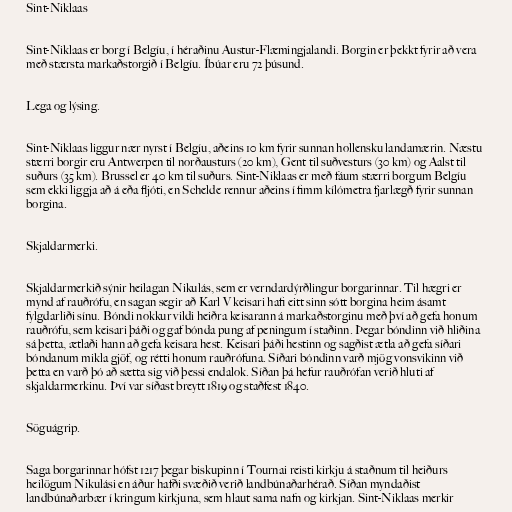
Sint-Niklaas

Sint-Niklaas er borg í Belgíu, í héraðinu Austur-Flæmingjalandi. Borgin er þekkt fyrir að vera
með stærsta markaðstorgið í Belgíu. Íbúar eru 72 þúsund.

Lega og lýsing.

Sint-Niklaas liggur nær nyrst í Belgíu, aðeins 10 km fyrir sunnan hollensku landamærin. Næstu
stærri borgir eru Antwerpen til norðausturs (20 km), Gent til suðvesturs (30 km) og Aalst til
suðurs (35 km). Brussel er 40 km til suðurs. Sint-Niklaas er með fáum stærri borgum Belgíu
sem ekki liggja að á eða fljóti, en Schelde rennur aðeins í fimm kílómetra fjarlægð fyrir sunnan
borgina.

Skjaldarmerki.

Skjaldarmerkið sýnir heilagan Nikulás, sem er verndardýrðlingur borgarinnar. Til hægri er
mynd af rauðrófu, en sagan segir að Karl V keisari hafi eitt sinn sótt borgina heim ásamt
fylgdarliði sínu. Bóndi nokkur vildi heiðra keisarann á markaðstorginu með því að gefa honum
rauðrófu, sem keisari þáði og gaf bónda pung af peningum í staðinn. Þegar bóndinn við hliðina
sá þetta, ætlaði hann að gefa keisara hest. Keisari þáði hestinn og sagðist ætla að gefa síðari
bóndanum mikla gjöf, og rétti honum rauðrófuna. Síðari bóndinn varð mjög vonsvikinn við
þetta en varð þó að sætta sig við þessi endalok. Síðan þá hefur rauðrófan verið hluti af
skjaldarmerkinu. Því var síðast breytt 1819 og staðfest 1840.

Söguágrip.

Saga borgarinnar hófst 1217 þegar biskupinn í Tournai reisti kirkju á staðnum til heiðurs
heilögum Nikulási en áður hafði svæðið verið landbúnaðarhérað. Síðan myndaðist
landbúnaðarbær í kringum kirkjuna, sem hlaut sama nafn og kirkjan. Sint-Niklaas merkir